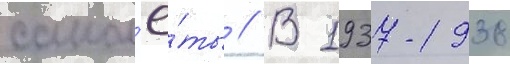
самол'ё́ты // В 1937-1938